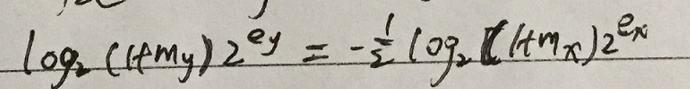
\[\log_2((1 + m_y))2^{e_y}=-\frac{1}{2}\log_2((1 + m_x))2^{e_x}\]